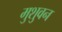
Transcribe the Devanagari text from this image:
मुशुवन